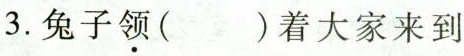
3.兔子领( )着大家来到